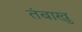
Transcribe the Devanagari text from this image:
तंबाखु